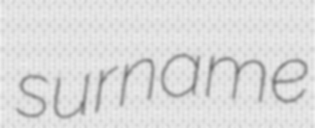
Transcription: surname